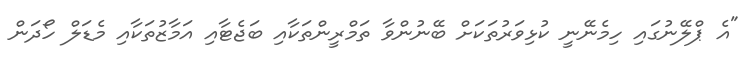
"އެ ޕްލޭނުގައި ހިމެނޭނީ ކުޅިވަރުތަކަށް ބޭނުންވާ ތަމްރީންތަކާއި ބަޖެޓާއި އަމާޒުތަކާއި މެޑަލް ހޯދަން